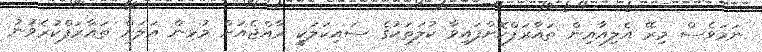
ނަމަވެސް މިރޭ އެލިއާއިން ތައާރަފްކޮށްފައިވާ ކުލަތަކުގެ ސައިކަލަކީ ރާއްޖެއަށް މުޅިން އަލަށް ތައާރަފްކުރެވުނު